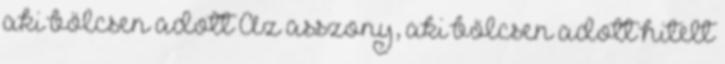
aki bölcsen adott Az asszony, aki bölcsen adott hitelt